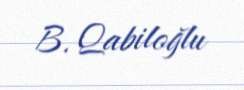
B. Qabiloğlu